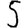
Digit: 5